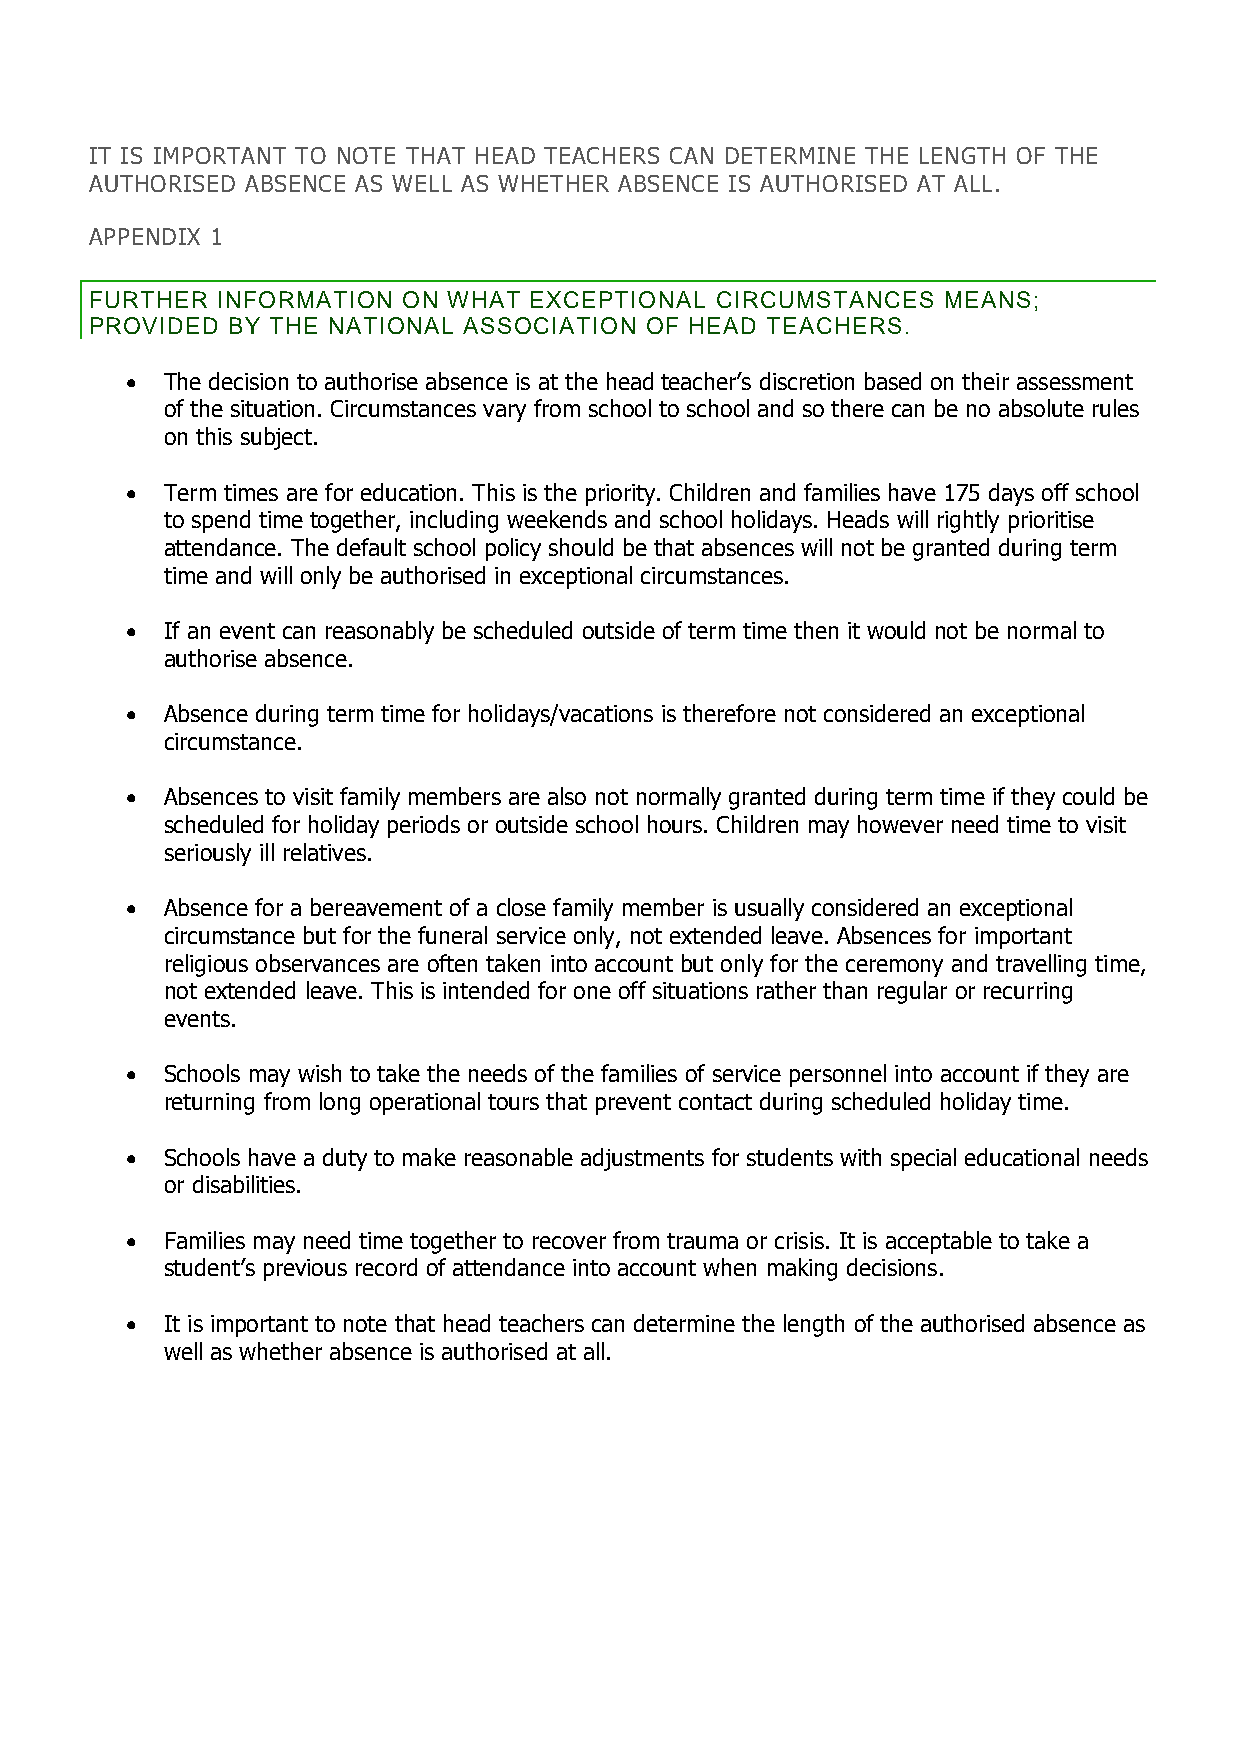
IT IS IMPORTANT TO NOTE THAT HEAD TEACHERS CAN DETERMINE THE LENGTH OF THE
 AUTHORISED ABSENCE AS WELL AS WHETHER ABSENCE IS AUTHORISED AT ALL.
 APPENDIX 1
 FURTHER INFORMATION  ON WHAT EXCEPTIONAL CIRCUMSTANCES  MEANS;
 PROVIDED BY THE NATIONAL ASSOCIATION OF HEAD TEACHERS.
   The decision to authorise absence is at the head teacher’s discretion based on their assessment
 of the situation. Circumstances vary from school to school and so there can be no absolute rules
 on this subject.
   Term times are for education. This is the priority. Children and families have 175 days off school
 to spend time together, including weekends and school holidays. Heads will rightly prioritise
 attendance. The default school policy should be that absences will not be granted during term
 time and will only be authorised in exceptional circumstances.
   If an event can reasonably be scheduled outside of term time then it would not be normal to
 authorise absence.
   Absence during term time for holidays/vacations is therefore not considered an exceptional
 circumstance.
   Absences to visit family members are also not normally granted during term time if they could be
 scheduled for holiday periods or outside school hours. Children may however need time to visit
 seriously ill relatives.
   Absence for a bereavement of a close family member is usually considered an exceptional
 circumstance but for the funeral service only, not extended leave. Absences for important
 religious observances are often taken into account but only for the ceremony and travelling time,
 not extended leave. This is intended for one off situations rather than regular or recurring
 events.
   Schools may wish to take the needs of the families of service personnel into account if they are
 returning from long operational tours that prevent contact during scheduled holiday time.
   Schools have a duty to make reasonable adjustments for students with special educational needs
 or disabilities.
   Families may need time together to recover from trauma or crisis. It is acceptable to take a
 student’s previous record of attendance into account when making decisions.
   It is important to note that head teachers can determine the length of the authorised absence as
 well as whether absence is authorised at all.